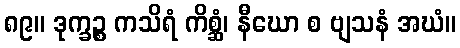
၈၉။ ဒုက္ခဉ္စ ကသိရံ ကိစ္ဆံ၊ နီဃော စ ဗျသနံ အဃံ။